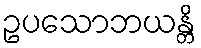
ဥပသောဘယန္တိ